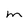
Character: m